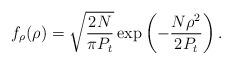
LaTeX: \begin{align*}f_{\rho}(\rho)=\sqrt{\frac{2N}{\pi P_t}}\,\mathrm{exp}\left(-\frac{N\rho^2}{2P_t}\right).\end{align*}